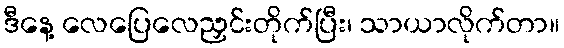
ဒီနေ့ လေပြေလေညှင်းတိုက်ပြီး၊ သာယာလိုက်တာ။